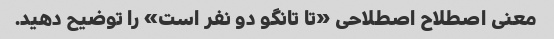
معنی اصطلاح اصطلاحی «تا تانگو دو نفر است» را توضیح دهید.